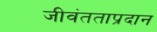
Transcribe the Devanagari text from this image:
जीवंतताप्रदान